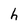
Character: h